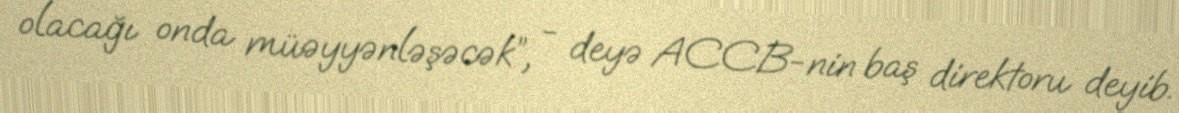
olacağı onda müəyyənləşəcək”, - deyə ACCB-nin baş direktoru deyib.